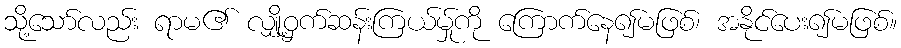
သို့သော်လည်း ရာမ၏ လျှို့ဝှက်ဆန်းကြယ်မ်ှုကို ကြောက်နေ၍မဖြစ်၊ အနိုင်ပေး၍မဖြစ်။